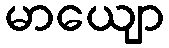
မာယျော